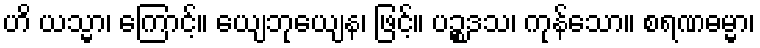
ဟိ ယသ္မာ၊ ကြောင့်။ ယျေဘုယျေန၊ ဖြင့်။ ပဉ္စဒသ၊ ကုန်သော။ စရဏဓမ္မာ၊